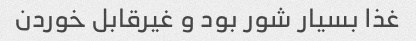
غذا بسیار شور بود و غیرقابل خوردن